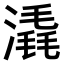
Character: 𣾽